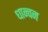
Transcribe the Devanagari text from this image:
धान्वन